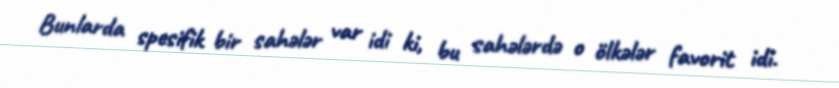
Bunlarda spesifik bir sahələr var idi ki, bu sahələrdə o ölkələr favorit idi.